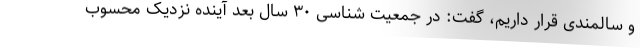
و سالمندی قرار داریم، گفت: در جمعیت شناسی ۳۰ سال بعد آینده نزدیک محسوب